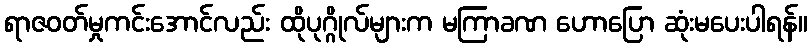
ရာဇဝတ်မှုကင်းအောင်လည်း ထိုပုဂ္ဂိုလ်များက မကြာခဏ ဟောပြော ဆုံးမပေးပါရန်။